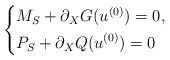
\begin{align*}\left\{\begin{aligned}&M_S+\partial_X G(u^{(0)})=0,\\&P_S+\partial_XQ(u^{(0)})=0\end{aligned}\right.\end{align*}